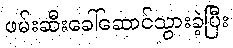
ဖမ်းဆီးခေါ်ဆောင်သွားခဲ့ပြီး